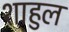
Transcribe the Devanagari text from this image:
शाहुल